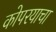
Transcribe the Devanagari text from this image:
कोपरयाचा